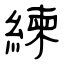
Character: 練